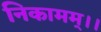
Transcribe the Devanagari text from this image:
निकामम्।।